Scottish Certificate of Education, 1963
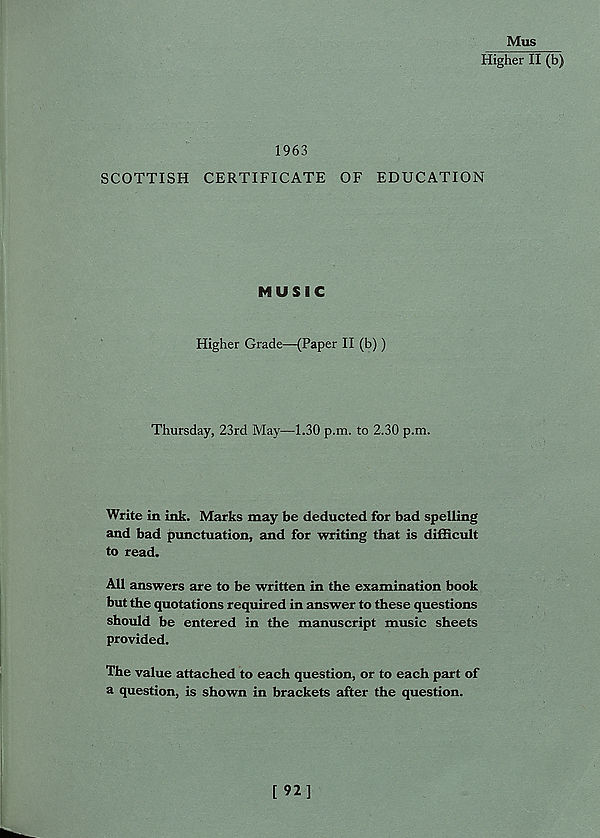
Mus
Higher II (b)
1963
SCOTTISH CERTIFICATE OF EDUCATION
MUSIC
Higher Grade—(Paper II (b))
Thursday, 23rd May—1.30 p.m. to 2.30 p.m.
Write in ink. Marks may be deducted for bad spelling
and bad punctuation, and for writing that is difficult
to read.
All answers are to be written in the examination book
but the quotations required in answer to these questions
should be entered in the manuscript music sheets
provided.
The value attached to each question, or to each part of
a question, is shown in brackets after the question.
[ 92]